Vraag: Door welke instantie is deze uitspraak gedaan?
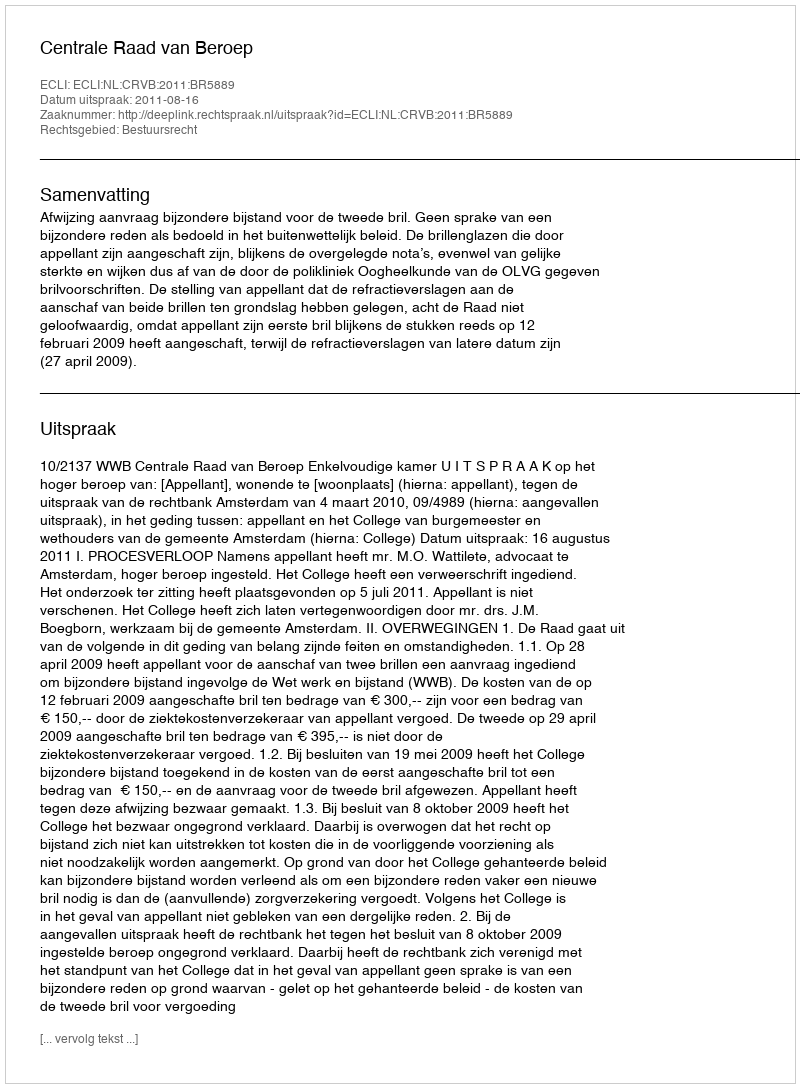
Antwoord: Centrale Raad van Beroep